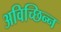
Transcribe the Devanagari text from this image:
अविच्छिन्‍न